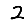
Digit: 2